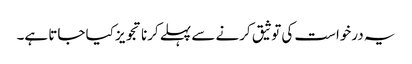
یہ درخواست کی توثیق کرنے سے پہلے کرنا تجویز کیا جاتا ہے۔